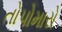
તોપોમારો